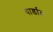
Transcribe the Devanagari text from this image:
यार्डात